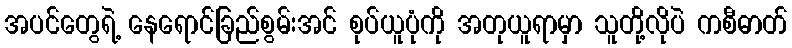
အပင်တွေရဲ့ နေရောင်ခြည်စွမ်းအင် စုပ်ယူပုံကို အတုယူရာမှာ သူတို့လိုပဲ ကစီဓာတ်